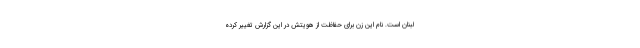
لبنان است. نام این زن برای حفاظت از هویتش در این گزارش تغییر کرده